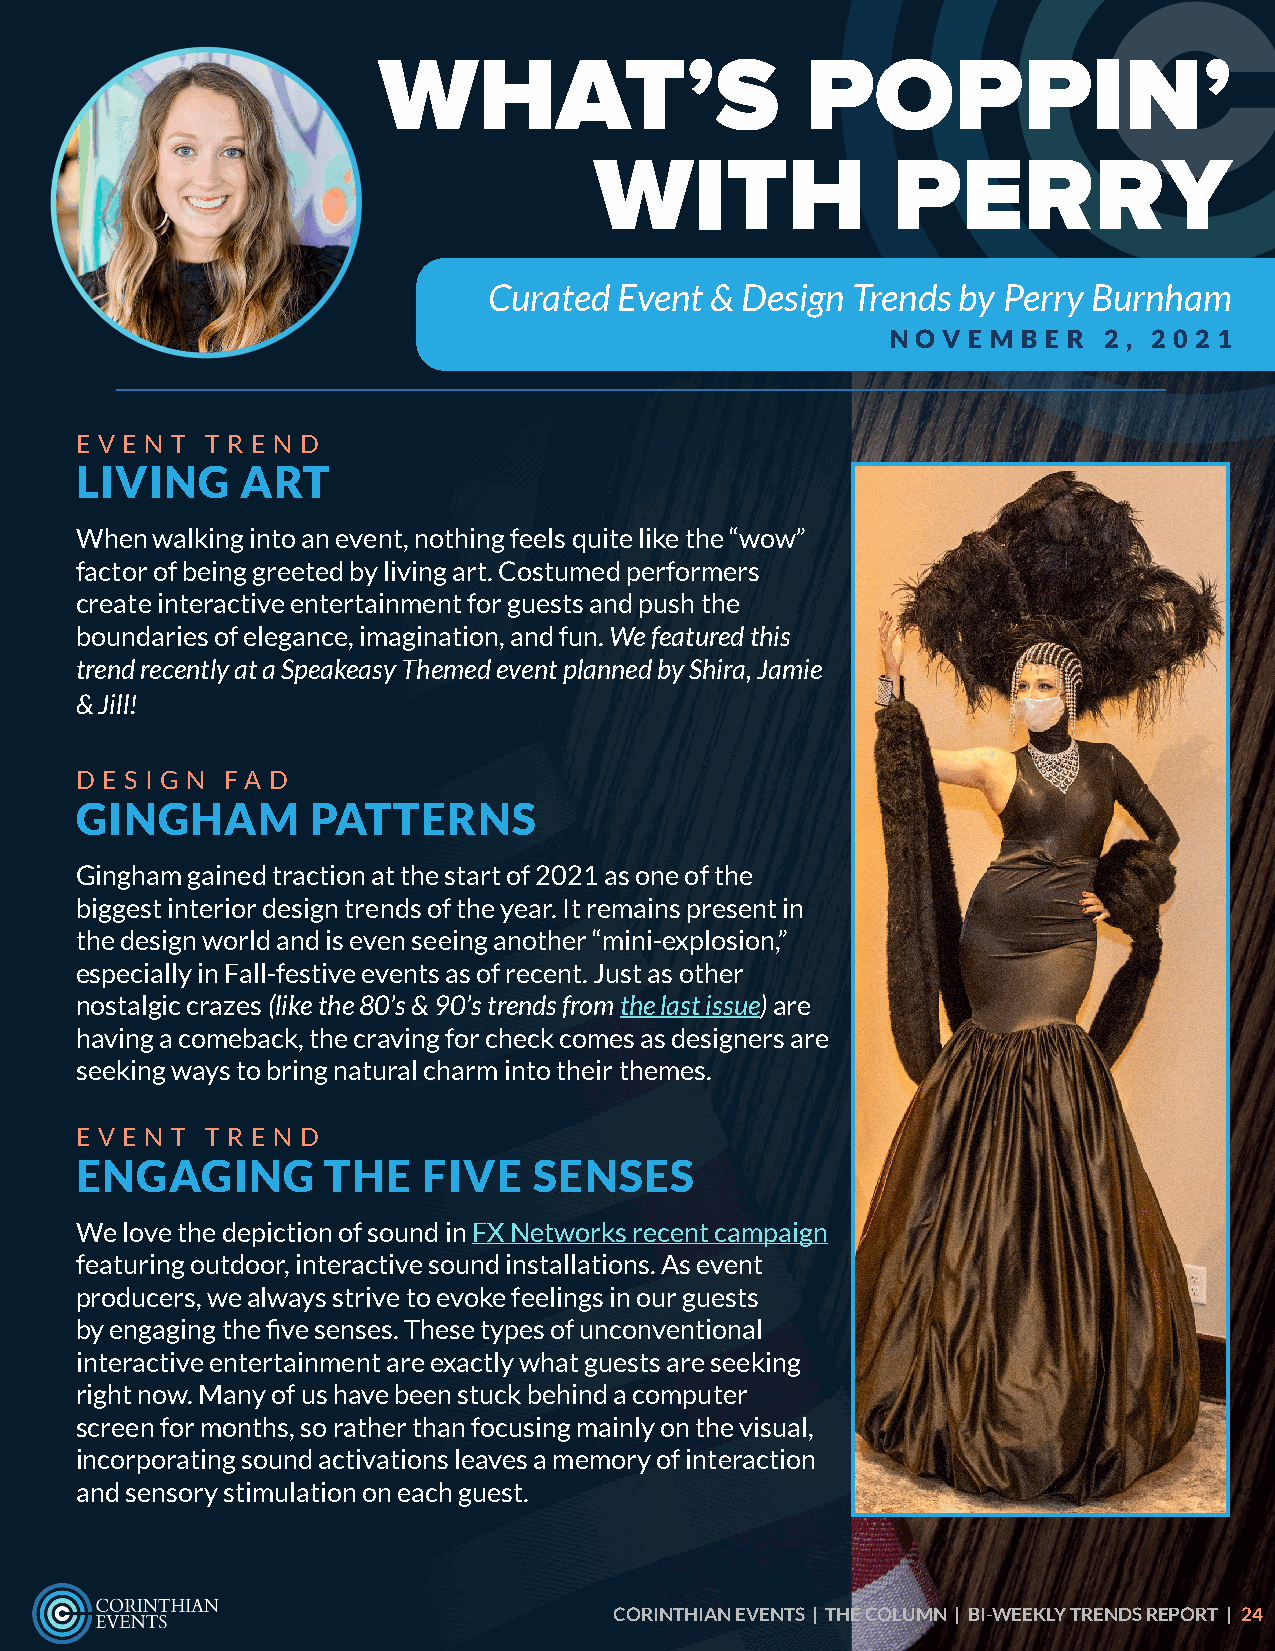
WHAT’S                      POPPIN’
 WITH                PERRY
 Curated  Event & Design Trends by Perry Burnham
 N O V E M B E R 2 , 2 0 2 1
 E V E N T T R E N D
 LIVING     ART
 When walking into an event, nothing feels quite like the “wow”
 factor of being greeted by living art. Costumed performers
 create interactive entertainment for guests and push the
 boundaries of elegance, imagination, and fun. We featured this
 trend recently at a Speakeasy Themed event planned by Shira, Jamie
 & Jill!
 D E S I G N FA D
 GINGHAM         PATTERNS
 Gingham gained traction at the start of 2021 as one of the
 biggest interior design trends of the year. It remains present in
 the design world and is even seeing another “mini-explosion,”
 especially in Fall-festive events as of recent. Just as other
 nostalgic crazes (like the 80’s & 90’s trends from the last issue) are
 having a comeback, the craving for check comes as designers are
 seeking ways to bring natural charm into their themes.
 E V E N T T R E N D
 ENGAGING         THE   FIVE   SENSES
 We love the depiction of sound in FX Networks recent campaign
 featuring outdoor, interactive sound installations. As event
 producers, we always strive to evoke feelings in our guests
 by engaging the five senses. These types of unconventional
 interactive entertainment are exactly what guests are seeking
 right now. Many of us have been stuck behind a computer
 screen for months, so rather than focusing mainly on the visual,
 incorporating sound activations leaves a memory of interaction
 and sensory stimulation on each guest.
 CORINTHIAN EVENTS | THE COLUMN | BI-WEEKLY TRENDS REPORT | 24